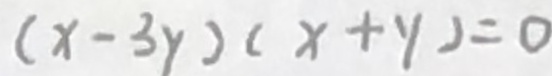
( x - 3 y ) ( x + y ) = 0